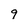
Character: 9